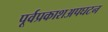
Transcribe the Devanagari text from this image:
पूर्वप्रकाशअपघटन